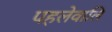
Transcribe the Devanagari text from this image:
पहलेवालि